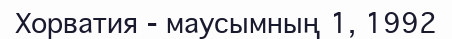
Хорватия - маусымның 1, 1992